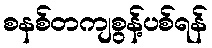
စနစ်တကျစွန့်ပစ်ရန်